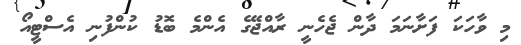
މި ވާހަކަ ފަށާނަމަ ދާން ޖެހެނީ ރާއްޖޭގެ އެންމެ ބޮޑު ކުންފުނި އެސްޓީއޯ